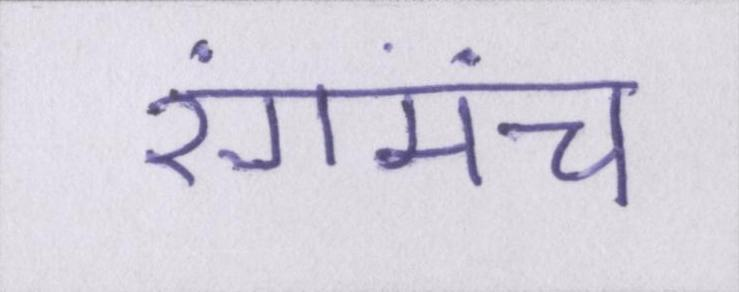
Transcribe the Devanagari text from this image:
रंगमंच